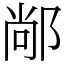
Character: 䣊